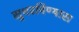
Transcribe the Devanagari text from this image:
सुधरविण्यास